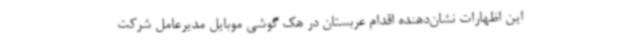
این اظهارات نشان‌دهنده اقدام عربستان در هک گوشی موبایل مدیرعامل شرکت